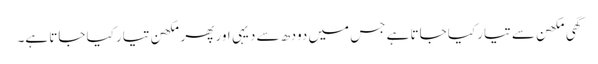
گھی مکھن سے تیار کیا جاتا ہے جس میں دودھ سے دیہی اور پھر مکھن تیار کیا جاتا ہے۔